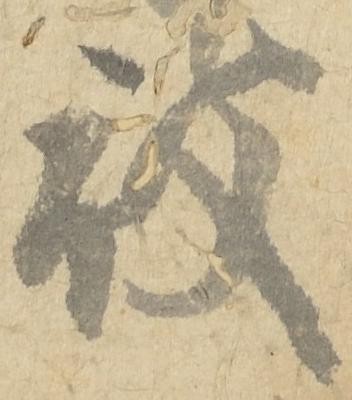
被